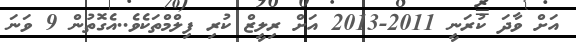
އަށް ވާދަ ކުރަނީ 2011-2013 އަށް ރިލީޒް ކުރި ފިލްމްތަކެވެ..އެގޮތުން 9 ވަނަ